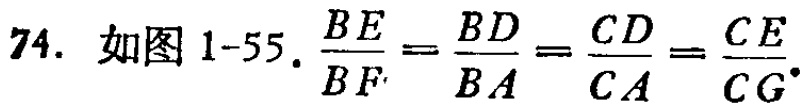
74. 如图1-55. $\frac{BE}{BF}=\frac{BD}{BA}=\frac{CD}{CA}=\frac{CE}{CG}.$